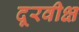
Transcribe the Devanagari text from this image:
दूरवीक्ष